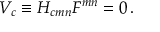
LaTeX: V _ { c } \equiv { \cal H } _ { c m n } { \cal F } ^ { m n } = 0 \, .